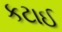
કટાઈ